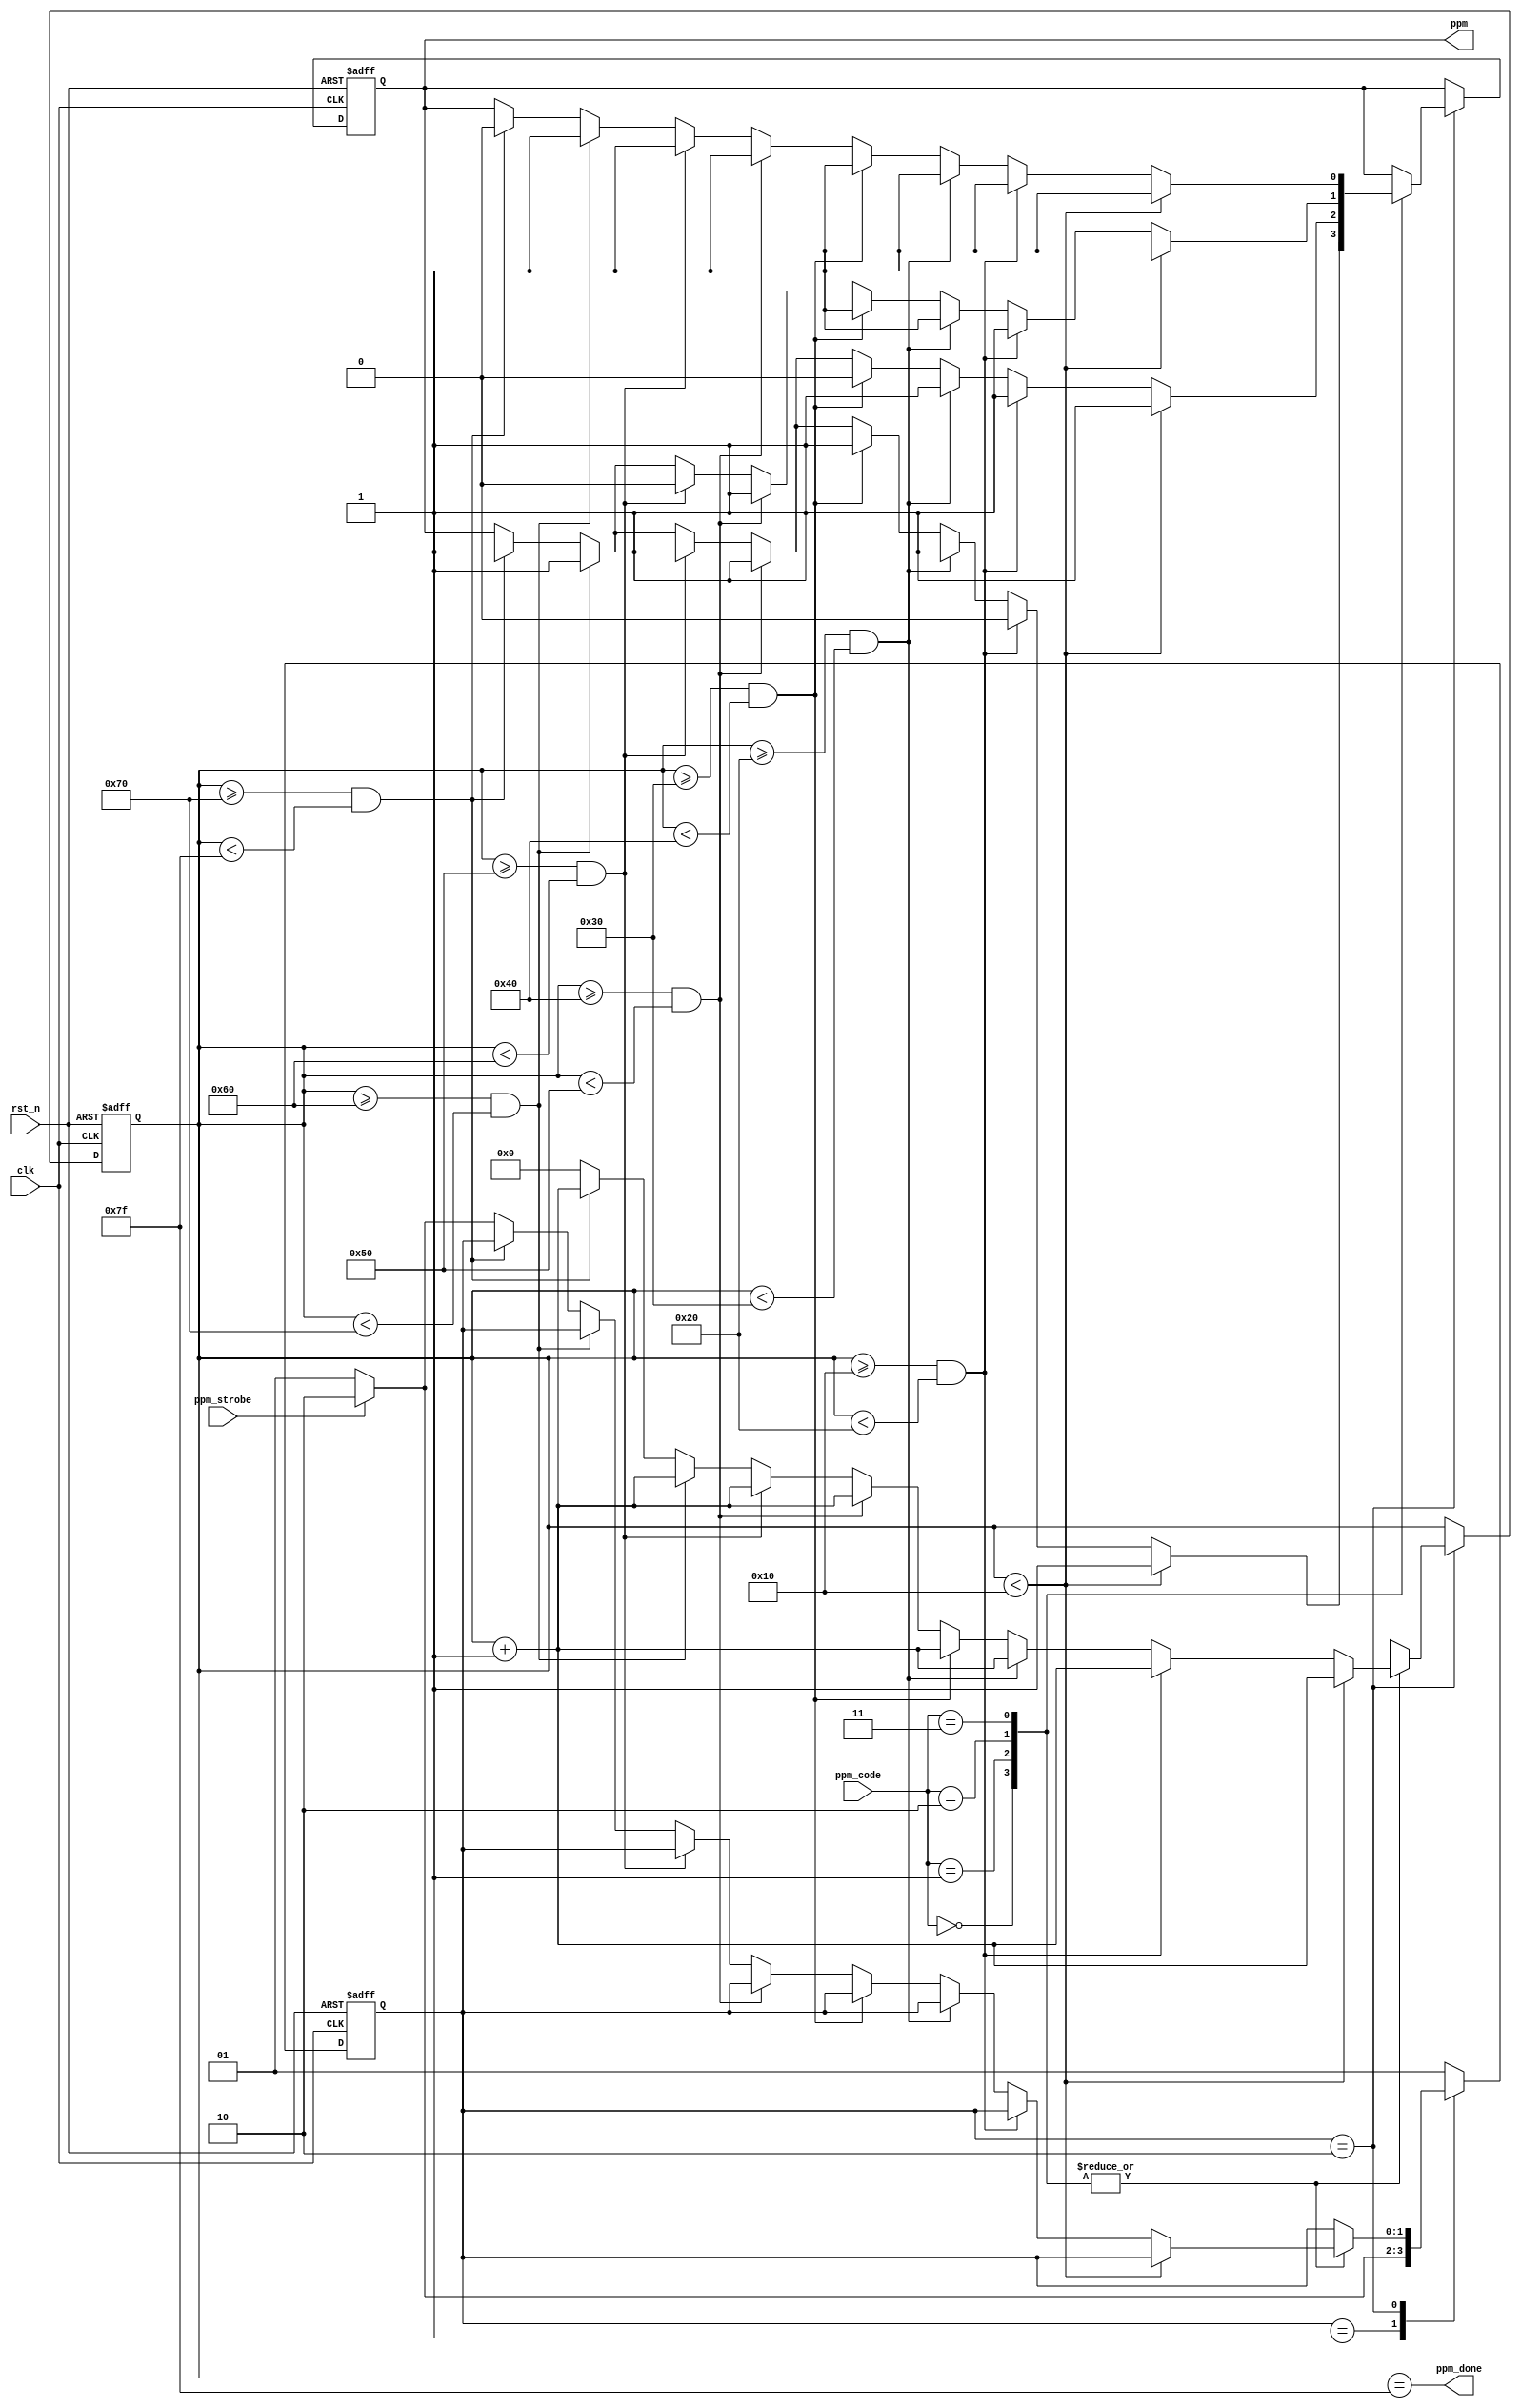
`timescale 1ns / 1ps

module ppm(
    input clk,
    input rst_n,
    input  wire [1:0]   ppm_code,
    input ppm_strobe,

    output reg ppm, //ppm
    output ppm_done //ppm
);
localparam IDLE = 2'b01;
localparam TRANS_PPM = 2'b10;
reg [1:0] state;
reg [7:0] cnt;
assign ppm_done=(cnt==127);
always@(posedge clk or negedge rst_n) begin
    if(!rst_n)begin
        state <= IDLE;
        ppm <= 1;
        cnt <= 0;
    end
    else begin
        case (state)
            IDLE: begin
                if (ppm_strobe) begin
                    state <= TRANS_PPM;
                end else begin
                    state <= IDLE;
                end
            end
            TRANS_PPM: begin
                case(ppm_code)
                2'b00: begin
                    cnt<=cnt+1;
                    if(cnt<16)
                        ppm<=1;
                    else if(cnt>=16 && cnt<32)
                        ppm<=0;
                    else if(cnt>=32 && cnt<48)
                        ppm<=1;
                    else if(cnt>=48 && cnt<64)
                        ppm<=1;
                    else if(cnt>=64 && cnt<80)
                        ppm<=1;
                    else if(cnt>=80 && cnt<96)
                        ppm<=1;
                    else if(cnt>=96 && cnt<112)
                        ppm<=1;
                    else if(cnt>=112 && cnt<127)
                        ppm<=1;
                    else begin
                        cnt<=0;
                        if (ppm_strobe) begin
                            state <= TRANS_PPM;
                        end else
                            state <= IDLE;
                    end
                end
                2'b01:begin
                    cnt<=cnt+1;
                    if(cnt<16)
                        ppm<=1;
                    else if(cnt>=16 && cnt<32)
                        ppm<=1;
                    else if(cnt>=32 && cnt<48)
                        ppm<=1;
                    else if(cnt>=48 && cnt<64)
                        ppm<=0;
                    else if(cnt>=64 && cnt<80)
                        ppm<=1;
                    else if(cnt>=80 && cnt<96)
                        ppm<=1;
                    else if(cnt>=96 && cnt<112)
                        ppm<=1;
                    else if(cnt>=112 && cnt<127)
                        ppm<=1;
                    else begin
                        cnt<=0;
                        if (ppm_strobe) begin
                            state <= TRANS_PPM;
                        end else
                            state <= IDLE;
                    end
                end
                2'b10:begin
                    cnt<=cnt+1;
                    if(cnt<16)
                        ppm<=1;
                    else if(cnt>=16 && cnt<32)
                        ppm<=1;
                    else if(cnt>=32 && cnt<48)
                        ppm<=1;
                    else if(cnt>=48 && cnt<64)
                        ppm<=1;
                    else if(cnt>=64 && cnt<80)
                        ppm<=1;
                    else if(cnt>=80 && cnt<96)
                        ppm<=0;
                    else if(cnt>=96 && cnt<112)
                        ppm<=1;
                    else if(cnt>=112 && cnt<127)
                        ppm<=1;
                    else begin
                        cnt<=0;
                        if (ppm_strobe) begin
                            state <= TRANS_PPM;
                        end else
                            state <= IDLE;
                    end
                end
                2'b11:begin
                    cnt<=cnt+1;
                    if(cnt<16)
                        ppm<=1;
                    else if(cnt>=16 && cnt<32)
                        ppm<=1;
                    else if(cnt>=32 && cnt<48)
                        ppm<=1;
                    else if(cnt>=48 && cnt<64)
                        ppm<=1;
                    else if(cnt>=64 && cnt<80)
                        ppm<=1;
                    else if(cnt>=80 && cnt<96)
                        ppm<=1;
                    else if(cnt>=96 && cnt<112)
                        ppm<=1;
                    else if(cnt>=112 && cnt<127)
                        ppm<=0;
                    else begin
                        cnt<=0;
                        if (ppm_strobe) begin
                            state <= TRANS_PPM;
                        end else
                            state <= IDLE;
                    end
                end
                endcase
            end
            default: begin
                state <= IDLE;
            end
        endcase
    end
end
endmodule